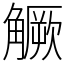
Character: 𧤼